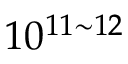
1 0 ^ { 1 1 \sim 1 2 }